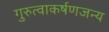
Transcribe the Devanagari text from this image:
गुरुत्वाकर्षणजन्य